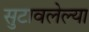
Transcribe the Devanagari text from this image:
सुटावलेल्या